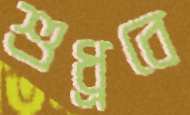
শুধ্‌রবে